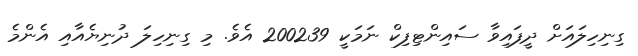
ގިނިހިލައަށް ދީފައިވާ ސައިންޓިފިކް ނަމަކީ 200239 އެވެ. މި ގިނިހިލަ ދުނިޔެއާއި އެންމެ